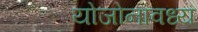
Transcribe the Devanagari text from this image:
योजोनावध्य